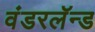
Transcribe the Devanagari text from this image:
वंडरलॅन्ड